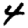
Digit: 4